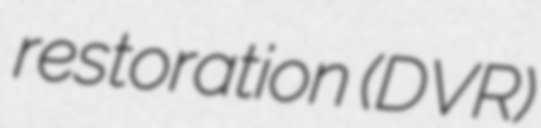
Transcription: restoration (DVR)